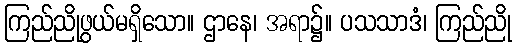
ကြည်ညိုဖွယ်မရှိသော။ ဌာနေ၊ အရာ၌။ ပသသာဒံ၊ ကြည်ညို